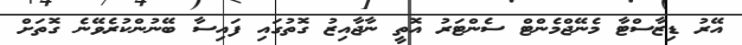
އޭރު ޑިޒާސްޓާ މެނޭޖްމެންޓް ސެންޓަރު އޮތީ ނާޖާއިޒު ގޮތުގައި ފައިސާ ބޭނުންކުރެވޭނެ ގޮތަށް